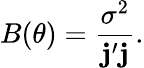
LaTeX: B(\theta)=\frac{\sigma^{2}}{\mathbf{j}^{\prime}\mathbf{j}}.